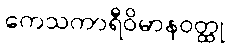
ကေသကာရီဝိမာနဝတ္ထု